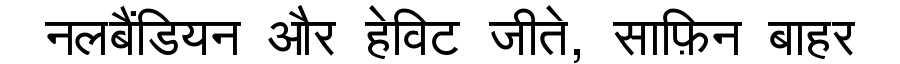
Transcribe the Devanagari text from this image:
नलबैंडियन और हेविट जीते, साफ़िन बाहर